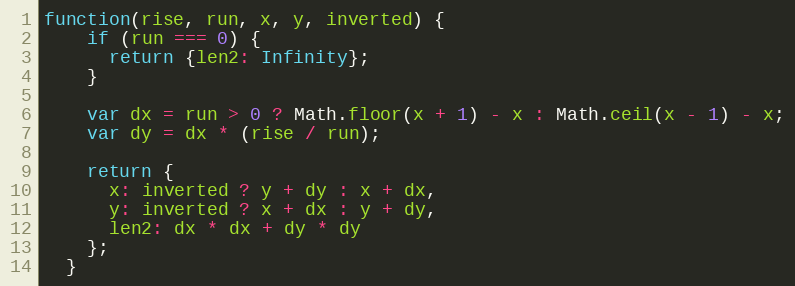
Language: JavaScript
function(rise, run, x, y, inverted) {
    if (run === 0) {
      return {len2: Infinity};
    }

    var dx = run > 0 ? Math.floor(x + 1) - x : Math.ceil(x - 1) - x;
    var dy = dx * (rise / run);

    return {
      x: inverted ? y + dy : x + dx,
      y: inverted ? x + dx : y + dy,
      len2: dx * dx + dy * dy
    };
  }